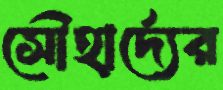
সৌহার্দ্যের